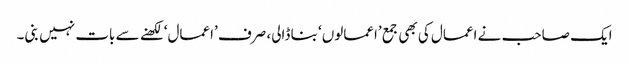
ایک صاحب نے اعمال کی بھی جمع ’اعمالوں‘ بنا ڈالی، صرف ’اعمال‘ لکھنے سے بات نہیں بنی۔